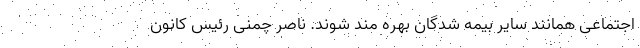
اجتماعی همانند سایر بیمه شدگان بهره مند شوند. ناصر چمنی رئیس کانون